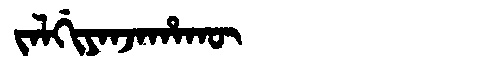
Manchu: ᠵᠠᠯᡤᡳᠶᠠᠨᠵᠠᡥᠠᡴᡡ
Romanization: JALGIYANJAHAKŪ